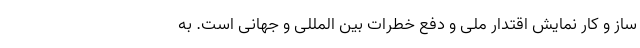
ساز و کار نمایش اقتدار ملی و دفع خطرات بین المللی و جهانی است. به